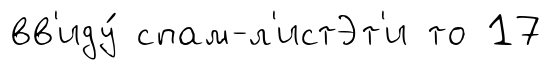
вв'иду́ спам-л'истЭт'и то 17